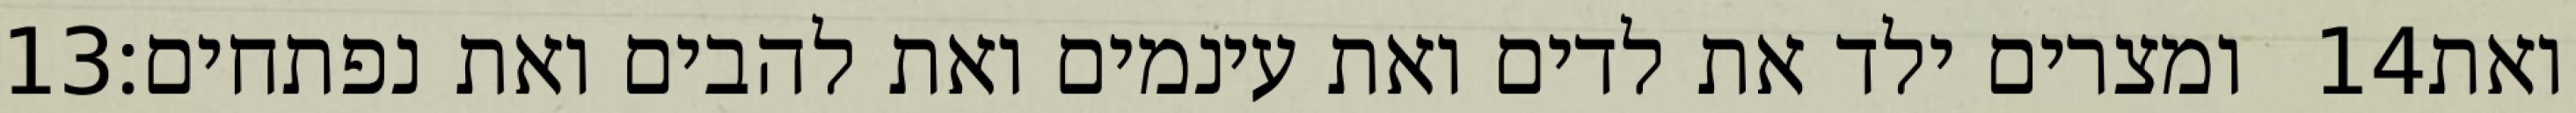
‎13‏ ומצרים ילד את לדים ואת עינמים ואת להבים ואת נפתחים׃ ‎14‏ ואת